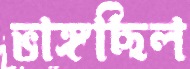
ভাঙ্গছিল